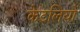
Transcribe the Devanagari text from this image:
केटलियों